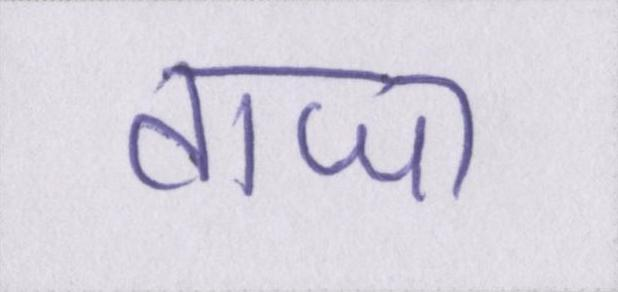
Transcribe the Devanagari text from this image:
ताजा